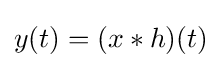
y(t)=(x*h)(t)